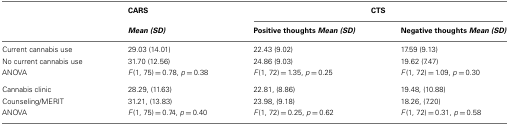
|  | CARS | <COLSPAN=2> CTS |
 |  | Mean (SD) | Positive thoughts Mean (SD) | Negative thoughts Mean (SD) |
 | --- | --- | --- | --- |
 | Current cannabis use | 29.03 (14.01) | 22.43 (9.02) | 17.59 (9.13) |
 | No current cannabis use | 31.70 (12.56) | 24.86 (9.03) | 19.62 (7.47) |
 | ANOVA | F(1, 75) = 0.78, p = 0.38 | F(1, 72) = 1.35, p = 0.25 | F(1, 72) = 1.09, p = 0.30 |
 | Cannabis clinic | 28.29, (11.63) | 22.81, (8.86) | 19.48, (10.88) |
 | Counseling/MERIT | 31.21, (13.83) | 23.98, (9.18) | 18.26, (7.20) |
 | ANOVA | F(1, 75) = 0.74, p = 0.40 | F(1, 72) = 0.25, p = 0.62 | F(1, 72) = 0.31, p = 0.58 |